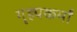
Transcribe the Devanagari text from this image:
गृह्यकर्मों